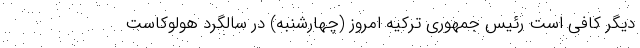
دیگر کافی است رئیس جمهوری ترکیه امروز (چهارشنبه) در سالگرد هولوکاست